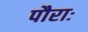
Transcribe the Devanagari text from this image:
पौराः